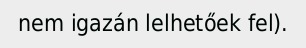
nem igazán lelhetőek fel).